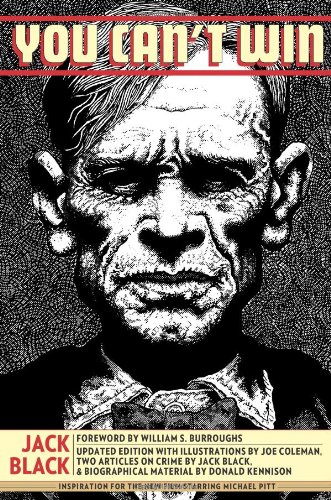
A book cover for You Can't Win; Jack Black; Biographies & Memoirs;